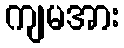
ကျမအား